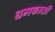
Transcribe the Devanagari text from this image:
धमकाती